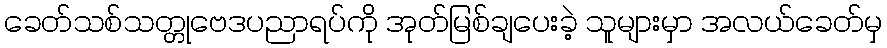
ခေတ်သစ်သတ္တုဗေဒပညာရပ်ကို အုတ်မြစ်ချပေးခဲ့ သူများမှာ အလယ်ခေတ်မှ